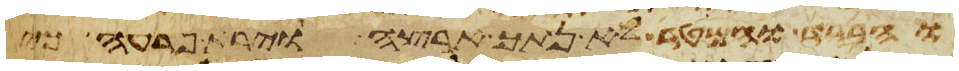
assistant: והברד והמטר לא נתך ארצה וירא פרעה כי